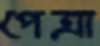
পেত্রা